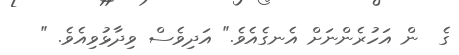
ގެ  ން އަހުރެންނަށް އެނގެއެވެ." އަދިވެސް ވިދާޅުވިއެވެ. "